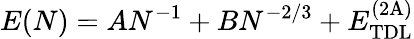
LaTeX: E(N)=AN^{-1}+BN^{-2/3}+E_{\mathrm{TDL}}^{\mathrm{(2A)}}